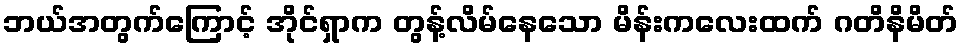
ဘယ်အတွက်ကြောင့် အိုင်ရှာက တွန့်လိမ်နေသော မိန်းကလေးထက် ဂတိနိမိတ်